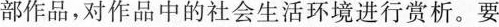
部作品，对作品中的社会生活环境进行赏析。要